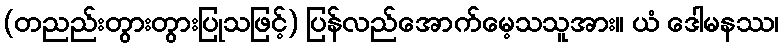
(တညည်းတွားတွားပြုသဖြင့်) ပြန်လည်အောက်မေ့သသူအား။ ယံ ဒေါမနဿ၊